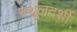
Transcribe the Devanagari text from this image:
स्थूलदर्शी